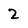
Character: 2